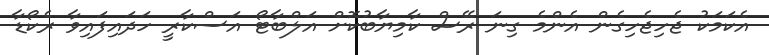
އެކަމަކު ޖެހިޖެހިގެން އެންމެ ގިނަ ރޭސް ކާމިޔާބުކޮށް އަލްބާޓޯ އަސްކާރީ ހަދައިފައިވާ ރެކޯޑާ